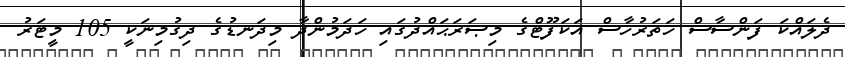
ދެލައްކަ ފަންސާސް ހަތަރުހާސް އަކަފޫޓްގެ މިޞަރަޙައްދުގައި ހަދަމުންދާ މިދަނޑުގެ ދިގުމިނަކީ 105 މީޓަރު